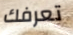
تعرفك